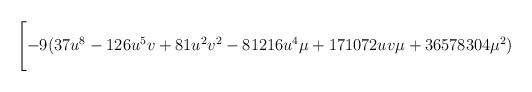
LaTeX: \begin{align*}\Biggl[-9(37u^8 -126u^5 v+81u^2 v^2 -81216u^4 \mu +171072uv\mu + 36578304{\mu}^2 )\end{align*}